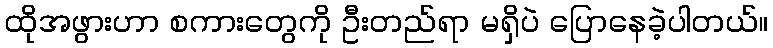
ထိုအဖွားဟာ စကားတွေကို ဦးတည်ရာ မရှိပဲ ပြောနေခဲ့ပါတယ်။